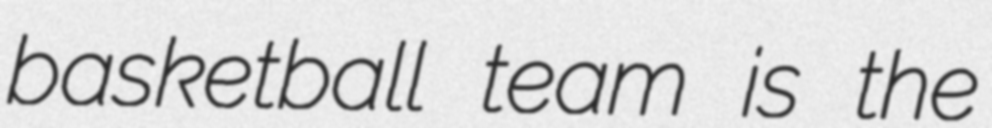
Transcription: basketball team is the